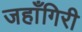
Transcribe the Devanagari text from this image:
जहाँगिरी